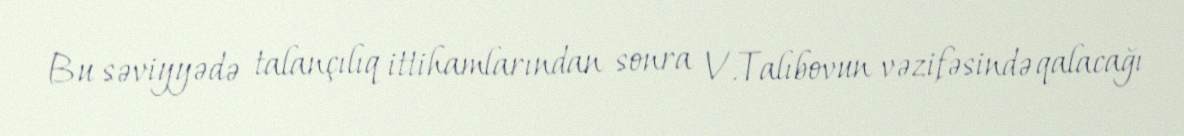
Bu səviyyədə talançılıq ittihamlarından sonra V.Talıbovun vəzifəsində qalacağı